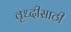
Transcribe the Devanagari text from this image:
वृध्दीसाठी